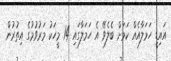
އައިޑީ ހަމަލާއެއް ކަމަށް ބެލެވޭ އެ ހަމަލާގައި 14 މީހަކު މަރުވުމުގެ އިތުރުން